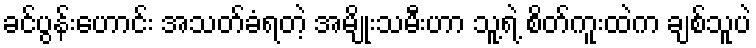
ခင်ပွန်းဟောင်း အသတ်ခံရတဲ့ အမျိုးသမီးဟာ သူ့ရဲ့ စိတ်ကူးထဲက ချစ်သူပဲ